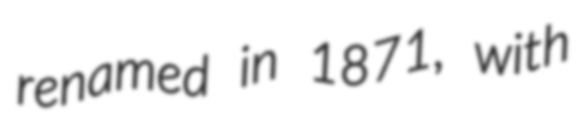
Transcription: renamed in 1871, with